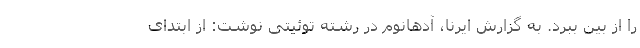
را از بین ببرد. به گزارش ایرنا، آدهانوم در رشته توئیتی نوشت: از ابتدای